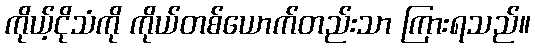
ကိုယ့်ငိုသံကို ကိုယ်တစ်ယောက်တည်းသာ ကြားရသည်။